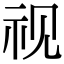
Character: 视